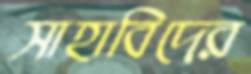
সাহাবিদের